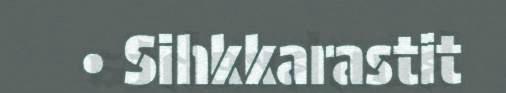
• Sihkkarastit